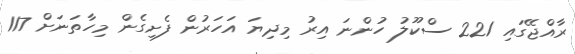
ރާއްޖޭގައި 221 ސްކޫލު ހުންނަ އިރު މިދިޔަ އަހަރުން ފެށިގެން މިހާތަނަށް 117